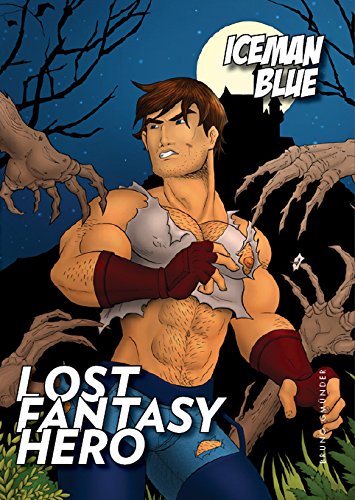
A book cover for Lost Fantasy Hero; Comics & Graphic Novels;